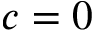
c = 0